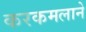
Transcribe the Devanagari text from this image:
करकमलाने